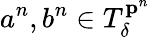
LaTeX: a^{n},b^{n}\in T_{\delta}^{\mathbf{p}^{n}}